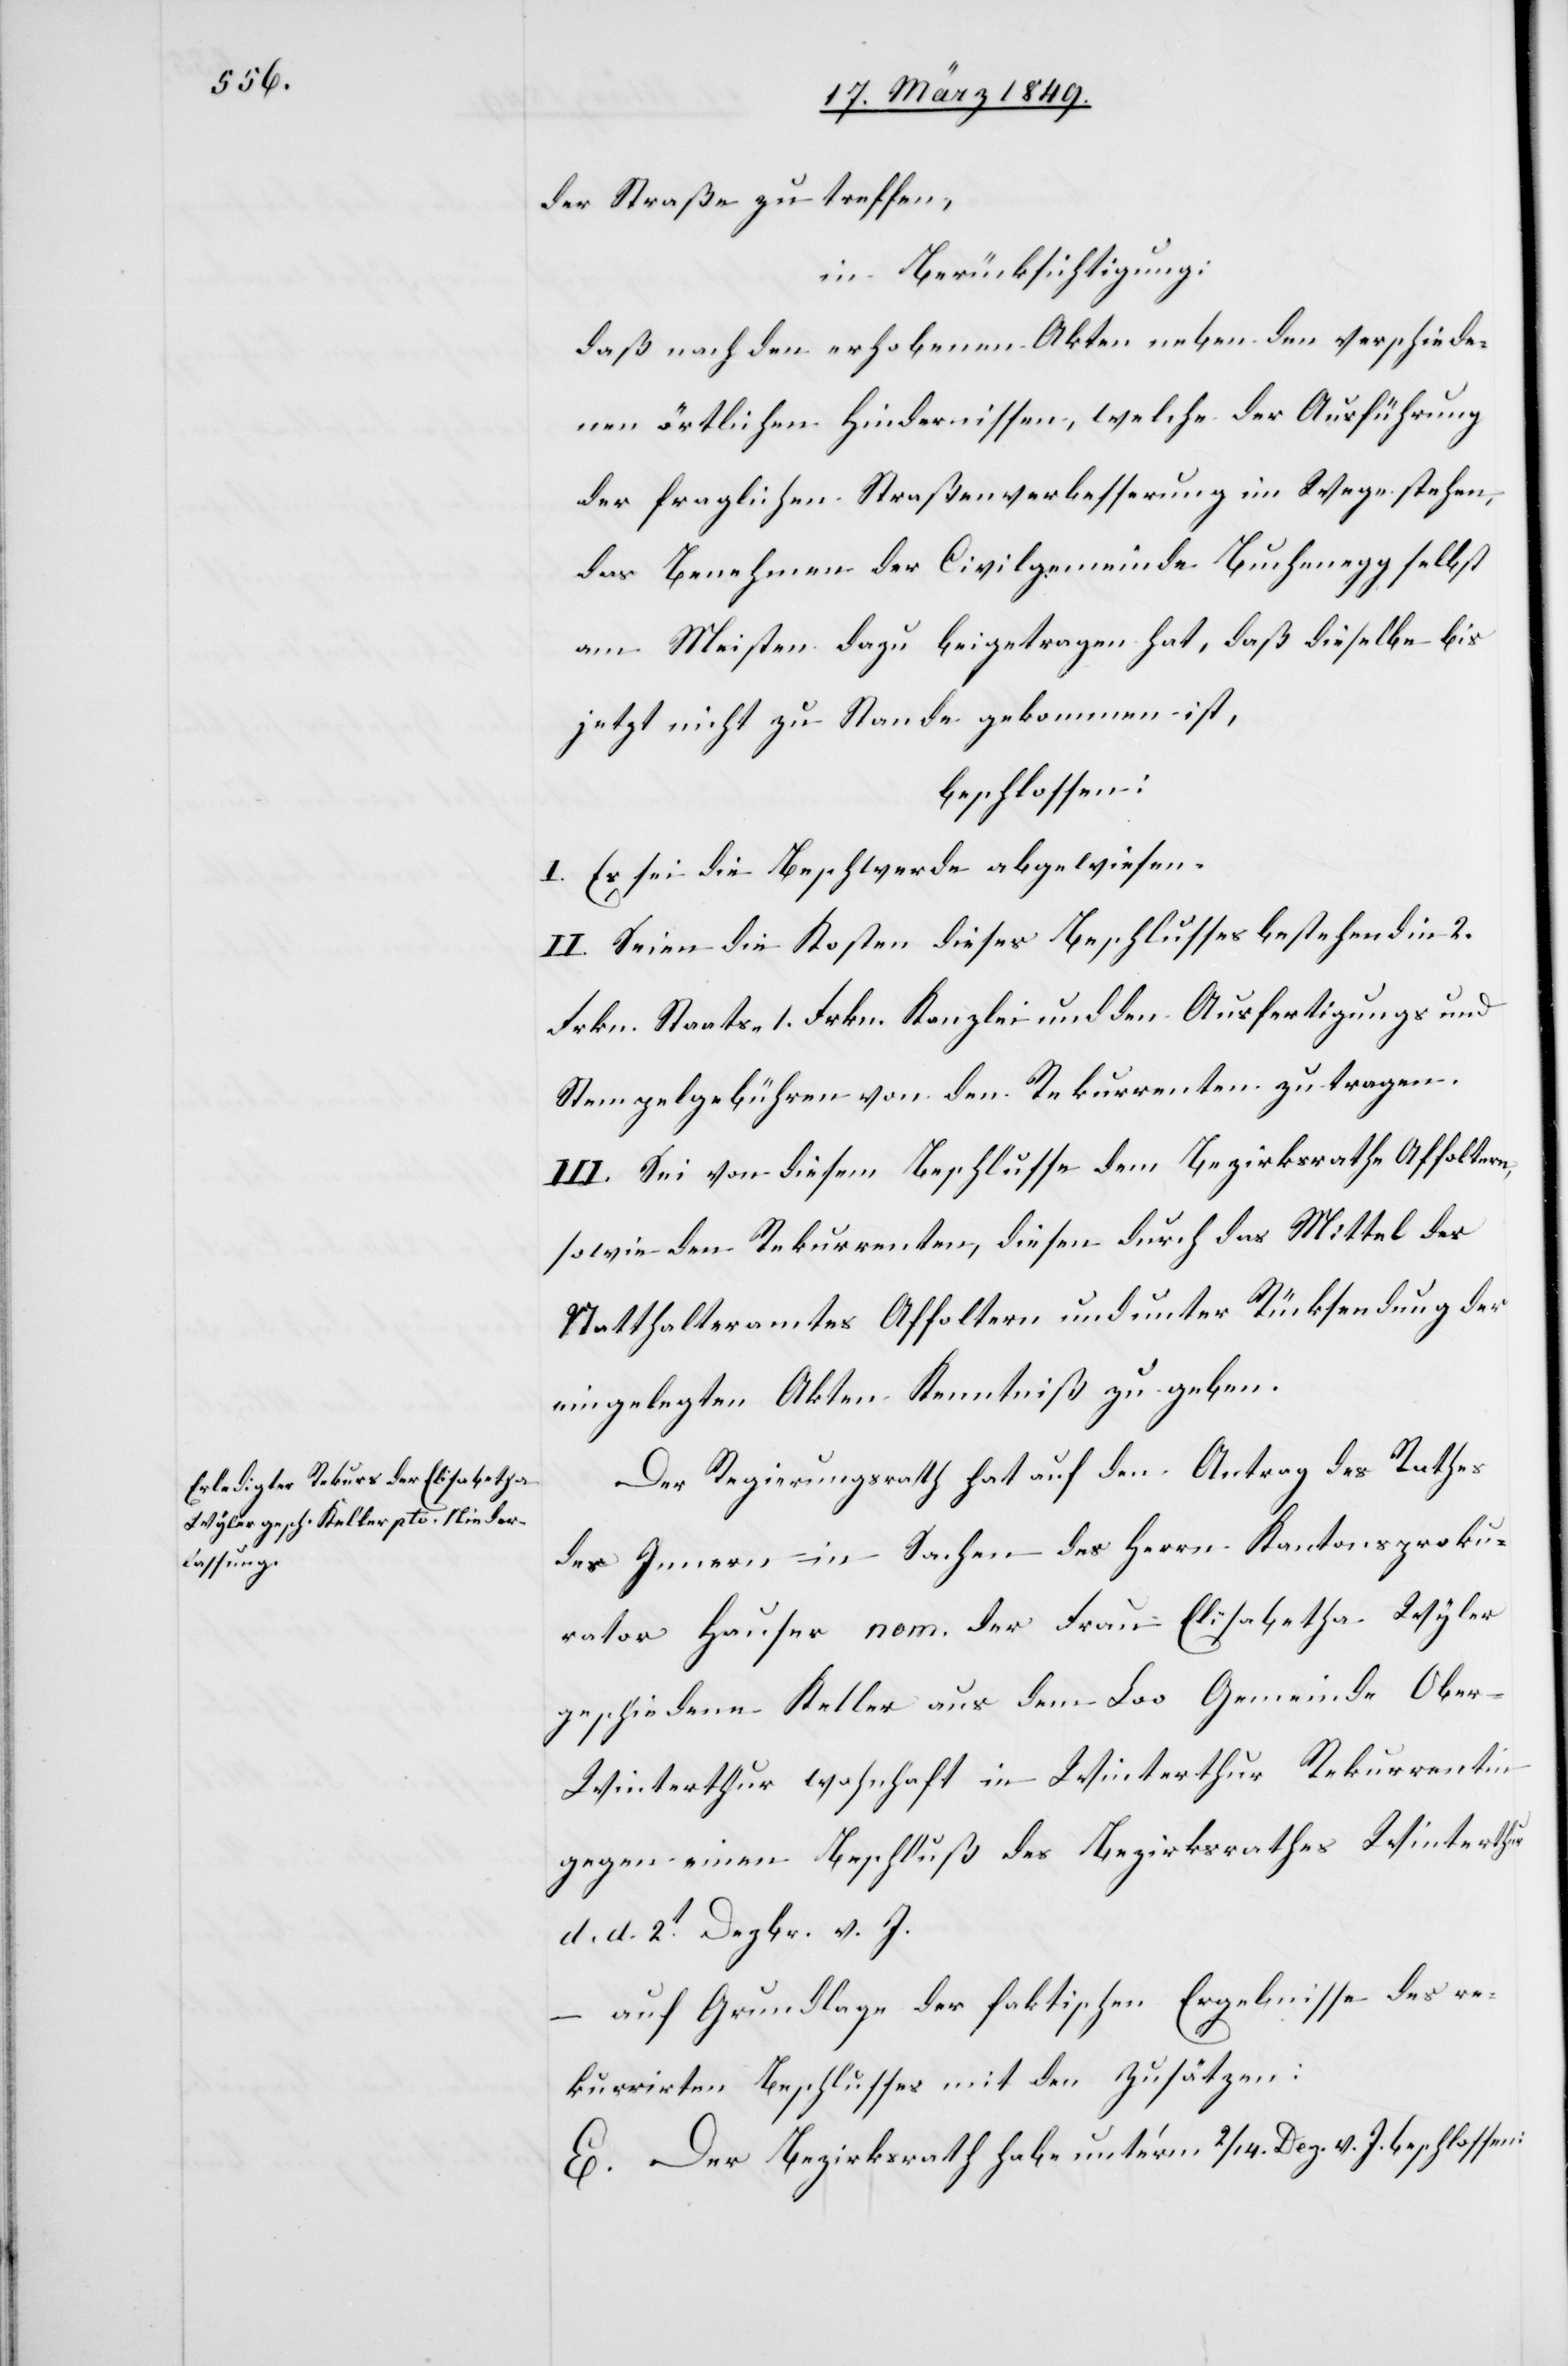
der Straße zu treffen,
in Berücksichtigung:
daß nach den erhobenen Akten neben den verschiede¬
nen örtlichen Hindernissen, welche der Ausführung
der fraglichen Straßenverbesserung im Wege stehen,
das Benehmen der Civilgemeinde Buchenegg selbst
am Meisten dazu beigetragen hat, daß dieselbe bis
jetzt nicht zu Stande gekommen ist,
beschlossen:
I. Es sei die Beschwerde abgewiesen.
II. Seien die Kosten dieses Beschlusses bestehend in 2.
Frkn. Staats- 1. Frkn. Kanzlei und den Ausfertigungs und
Stempelgebühren von den Rekurrenten zu tragen.
III. Sei von diesem Beschlusse dem Bezirksrath Affoltern,
sowie den Rekurrenten, diesen durch das Mittel des
Statthalteramtes Affoltern und unter Rücksendung der
eingelegten Akten Kenntniß zu geben.
Der Regierungsrath hat auf den Antrag des Rathes
des Innern in Sachen des Herrn Kantonsproku¬
rators Hauser nom. der Frau Elisabetha Wyler
geschiedene Keller aus dem Loo Gemeinde Obe¬
r-Winterthur wohnhaft in Winterthur Rekurrentin
gegen einen Beschluß des Bezirksrathes Winterthur
d. d. 2t. Dezbr. v. J.
auf Grundlage der faktischen Ergebnisse des re¬
kurrirten Beschlusses mit den Zusätzen:
E. Der Bezirksrath habe unter’m 2/14. Dez. v. J. beschlossen: